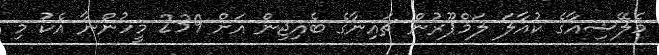
މެލޭޝިއާގެ ކުއާލަ ލަމްޕޫރުން ޗައިނާގެ ބެއިޖިން އަށް 239 މީހުންނާ އެކު މި